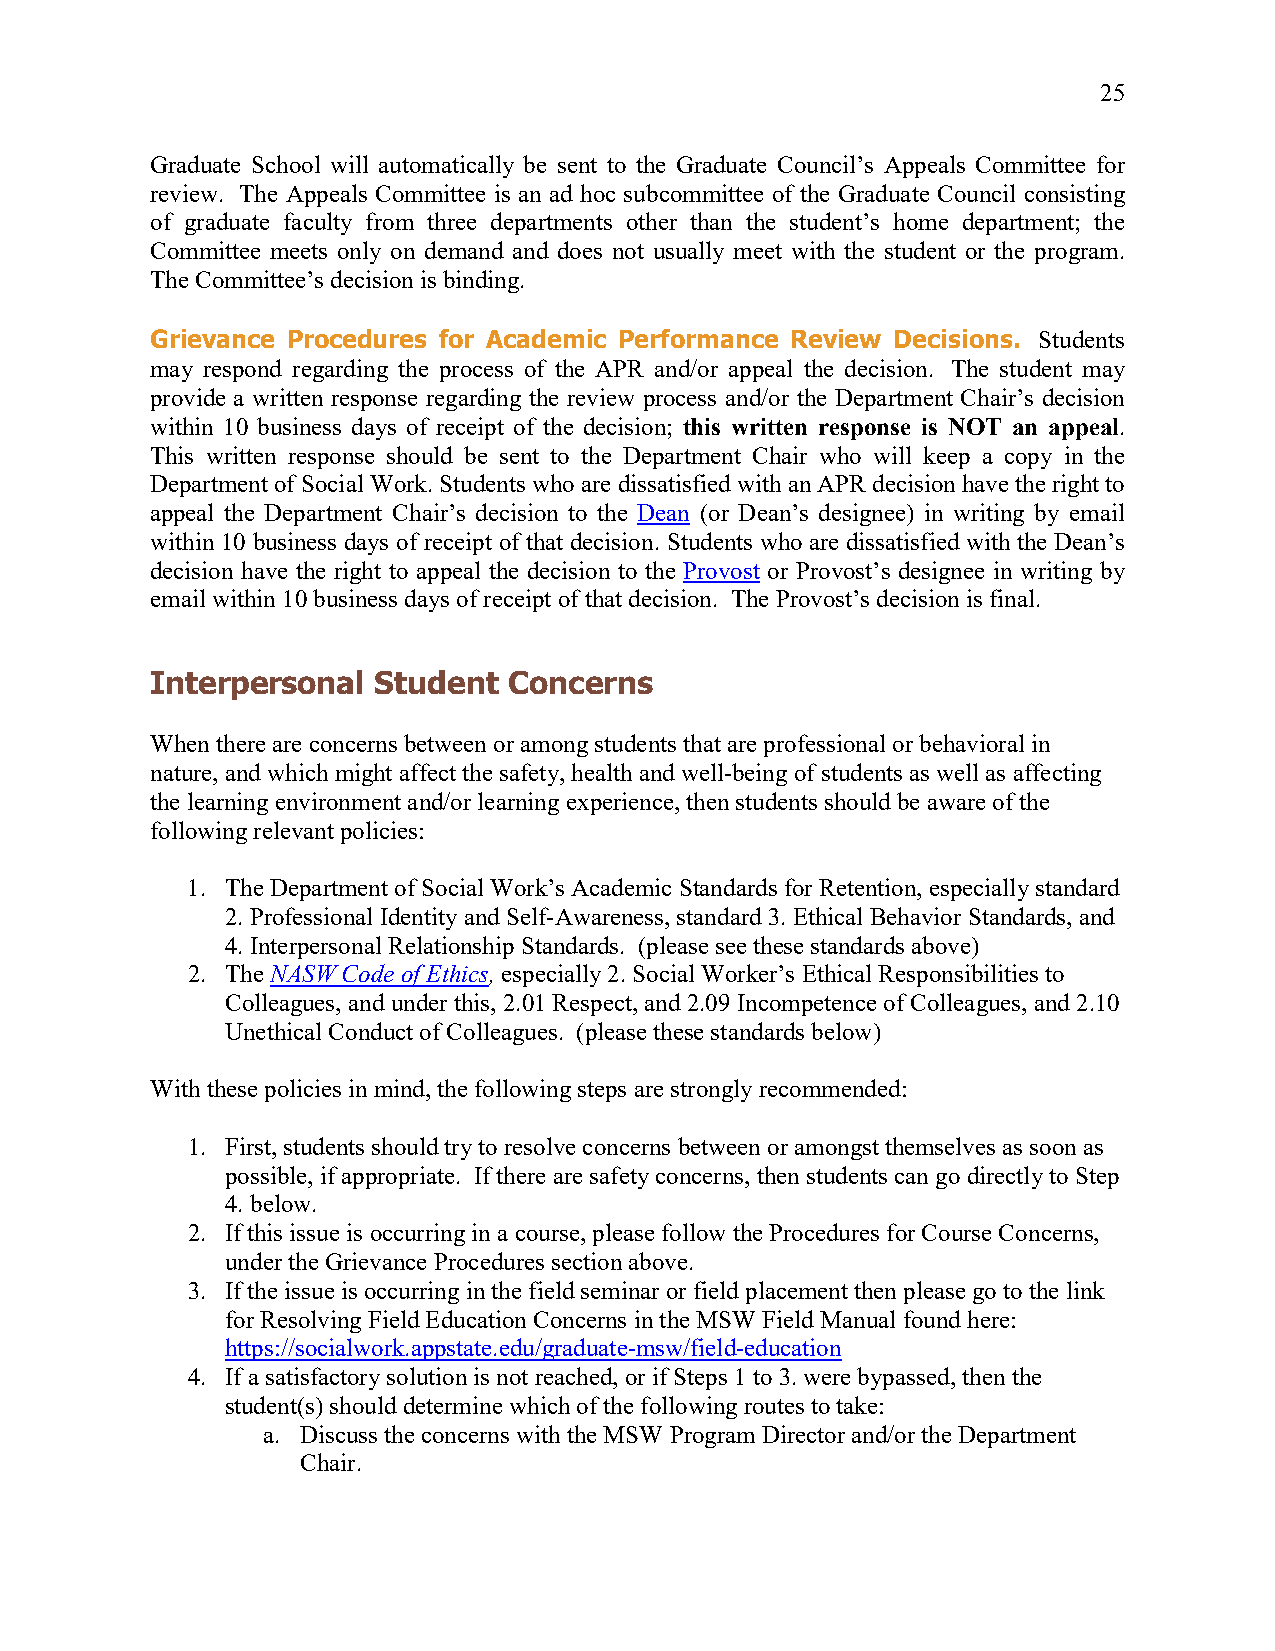
25
 Graduate School will automatically be sent to the Graduate Council’s Appeals Committee for
 review. The Appeals Committee is an ad hoc subcommittee of the Graduate Council consisting
 of graduate faculty from three departments other than the student’s home department; the
 Committee meets only on demand and does not usually meet with the student or the program.
 The Committee’s decision is binding.
 Grievance Procedures for Academic Performance Review Decisions. Students
 may respond regarding the process of the APR and/or appeal the decision. The student may
 provide a written response regarding the review process and/or the Department Chair’s decision
 within 10 business days of receipt of the decision; this written response is NOT an appeal.
 This written response should be sent to the Department Chair who will keep a copy in the
 Department of Social Work. Students who are dissatisfied with an APR decision have the right to
 appeal the Department Chair’s decision to the Dean (or Dean’s designee) in writing by email
 within 10 business days of receipt of that decision. Students who are dissatisfied with the Dean’s
 decision have the right to appeal the decision to the Provost or Provost’s designee in writing by
 email within 10 business days of receipt of that decision. The Provost’s decision is final.
 Interpersonal  Student  Concerns
 When there are concerns between or among students that are professional or behavioral in
 nature, and which might affect the safety, health and well-being of students as well as affecting
 the learning environment and/or learning experience, then students should be aware of the
 following relevant policies:
 1. The Department of Social Work’s Academic Standards for Retention, especially standard
 2. Professional Identity and Self-Awareness, standard 3. Ethical Behavior Standards, and
 4. Interpersonal Relationship Standards. (please see these standards above)
 2. The NASW Code of Ethics, especially 2. Social Worker’s Ethical Responsibilities to
 Colleagues, and under this, 2.01 Respect, and 2.09 Incompetence of Colleagues, and 2.10
 Unethical Conduct of Colleagues. (please these standards below)
 With these policies in mind, the following steps are strongly recommended:
 1. First, students should try to resolve concerns between or amongst themselves as soon as
 possible, if appropriate. If there are safety concerns, then students can go directly to Step
 4. below.
 2. If this issue is occurring in a course, please follow the Procedures for Course Concerns,
 under the Grievance Procedures section above.
 3. If the issue is occurring in the field seminar or field placement then please go to the link
 for Resolving Field Education Concerns in the MSW Field Manual found here:
 https://socialwork.appstate.edu/graduate-msw/field-education
 4. If a satisfactory solution is not reached, or if Steps 1 to 3. were bypassed, then the
 student(s) should determine which of the following routes to take:
 a. Discuss the concerns with the MSW Program Director and/or the Department
 Chair.